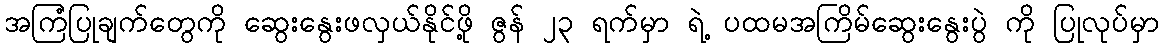
အကြံပြုချက်တွေကို ဆွေးနွေးဖလှယ်နိုင်ဖို့ ဇွန် ၂၃ ရက်မှာ ရဲ့ ပထမအကြိမ်ဆွေးနွေးပွဲ ကို ပြုလုပ်မှာ